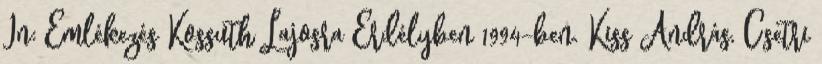
In: Emlékezés Kossuth Lajosra Erdélyben 1994-ben. Kiss András, Csetri